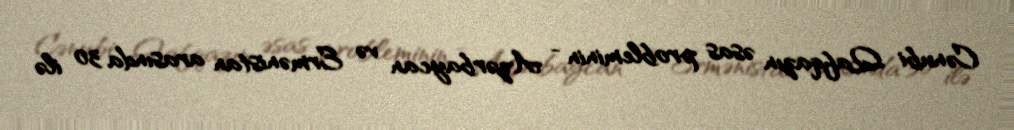
Cənubi Qafqazın əsas probleminin - Azərbaycan və Ermənistan arasında 30 ilə